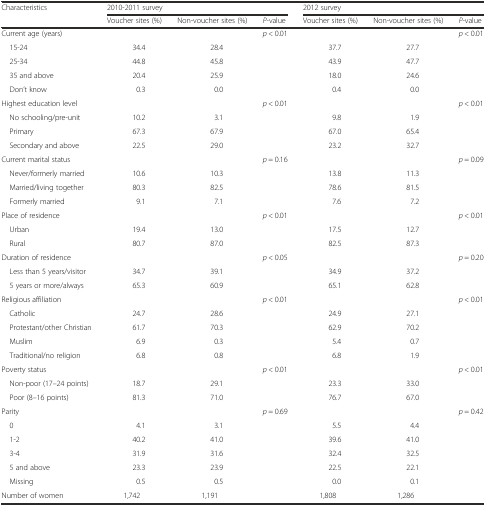
<table><thead><tr><td rowspan="2"><b>Characteristics</b></td><td colspan="3"><b>2010-2011 survey</b></td><td colspan="3"><b>2012 survey</b></td></tr><tr><td><b>Voucher sites (%)</b></td><td><b>Non-voucher sites (%)</b></td><td><b><i>P</i>-value</b></td><td><b>Voucher sites (%)</b></td><td><b>Non-voucher sites (%)</b></td><td><b><i>P</i>-value</b></td></tr></thead><tbody><tr><td>Current age (years)</td><td></td><td></td><td><i>p</i> &lt; 0.01</td><td></td><td></td><td><i>p</i> &lt; 0.01</td></tr><tr><td> 15-24</td><td>34.4</td><td>28.4</td><td></td><td>37.7</td><td>27.7</td><td></td></tr><tr><td> 25-34</td><td>44.8</td><td>45.8</td><td></td><td>43.9</td><td>47.7</td><td></td></tr><tr><td> 35 and above</td><td>20.4</td><td>25.9</td><td></td><td>18.0</td><td>24.6</td><td></td></tr><tr><td> Don’t know</td><td>0.3</td><td>0.0</td><td></td><td>0.4</td><td>0.0</td><td></td></tr><tr><td>Highest education level</td><td></td><td></td><td><i>p</i> &lt; 0.01</td><td></td><td></td><td><i>p</i> &lt; 0.01</td></tr><tr><td> No schooling/pre-unit</td><td>10.2</td><td>3.1</td><td></td><td>9.8</td><td>1.9</td><td></td></tr><tr><td> Primary</td><td>67.3</td><td>67.9</td><td></td><td>67.0</td><td>65.4</td><td></td></tr><tr><td> Secondary and above</td><td>22.5</td><td>29.0</td><td></td><td>23.2</td><td>32.7</td><td></td></tr><tr><td>Current marital status</td><td></td><td></td><td><i>p</i> = 0.16</td><td></td><td></td><td><i>p</i> = 0.09</td></tr><tr><td> Never/formerly married</td><td>10.6</td><td>10.3</td><td></td><td>13.8</td><td>11.3</td><td></td></tr><tr><td> Married/living together</td><td>80.3</td><td>82.5</td><td></td><td>78.6</td><td>81.5</td><td></td></tr><tr><td> Formerly married</td><td>9.1</td><td>7.1</td><td></td><td>7.6</td><td>7.2</td><td></td></tr><tr><td>Place of residence</td><td></td><td></td><td><i>p</i> &lt; 0.01</td><td></td><td></td><td><i>p</i> &lt; 0.01</td></tr><tr><td> Urban</td><td>19.4</td><td>13.0</td><td></td><td>17.5</td><td>12.7</td><td></td></tr><tr><td> Rural</td><td>80.7</td><td>87.0</td><td></td><td>82.5</td><td>87.3</td><td></td></tr><tr><td>Duration of residence</td><td></td><td></td><td><i>p</i> &lt; 0.05</td><td></td><td></td><td><i>p</i> = 0.20</td></tr><tr><td> Less than 5 years/visitor</td><td>34.7</td><td>39.1</td><td></td><td>34.9</td><td>37.2</td><td></td></tr><tr><td> 5 years or more/always</td><td>65.3</td><td>60.9</td><td></td><td>65.1</td><td>62.8</td><td></td></tr><tr><td>Religious affiliation</td><td></td><td></td><td><i>p</i> &lt; 0.01</td><td></td><td></td><td><i>p</i> &lt; 0.01</td></tr><tr><td> Catholic</td><td>24.7</td><td>28.6</td><td></td><td>24.9</td><td>27.1</td><td></td></tr><tr><td> Protestant/other Christian</td><td>61.7</td><td>70.3</td><td></td><td>62.9</td><td>70.2</td><td></td></tr><tr><td> Muslim</td><td>6.9</td><td>0.3</td><td></td><td>5.4</td><td>0.7</td><td></td></tr><tr><td> Traditional/no religion</td><td>6.8</td><td>0.8</td><td></td><td>6.8</td><td>1.9</td><td></td></tr><tr><td>Poverty status</td><td></td><td></td><td><i>p</i> &lt; 0.01</td><td></td><td></td><td><i>p</i> &lt; 0.01</td></tr><tr><td> Non-poor (17–24 points)</td><td>18.7</td><td>29.1</td><td></td><td>23.3</td><td>33.0</td><td></td></tr><tr><td> Poor (8–16 points)</td><td>81.3</td><td>71.0</td><td></td><td>76.7</td><td>67.0</td><td></td></tr><tr><td>Parity</td><td></td><td></td><td><i>p</i> = 0.69</td><td></td><td></td><td><i>p</i> = 0.42</td></tr><tr><td> 0</td><td>4.1</td><td>3.1</td><td></td><td>5.5</td><td>4.4</td><td></td></tr><tr><td> 1-2</td><td>40.2</td><td>41.0</td><td></td><td>39.6</td><td>41.0</td><td></td></tr><tr><td> 3-4</td><td>31.9</td><td>31.6</td><td></td><td>32.4</td><td>32.5</td><td></td></tr><tr><td> 5 and above</td><td>23.3</td><td>23.9</td><td></td><td>22.5</td><td>22.1</td><td></td></tr><tr><td> Missing</td><td>0.5</td><td>0.5</td><td></td><td>0.0</td><td>0.1</td><td></td></tr><tr><td>Number of women</td><td>1,742</td><td>1,191</td><td></td><td>1,808</td><td>1,286</td><td></td></tr></tbody></table>